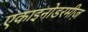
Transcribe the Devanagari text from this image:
एकाइनोडरमीज़